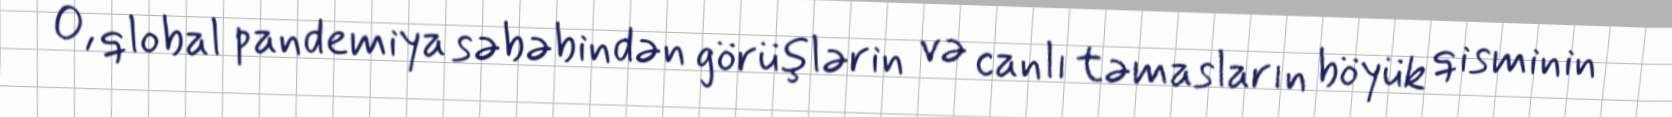
O, qlobal pandemiya səbəbindən görüşlərin və canlı təmasların böyük qisminin